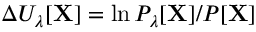
\Delta U _ { \lambda } [ \mathbf { X } ] = \ln P _ { \lambda } [ \mathbf { X } ] / P [ \mathbf { X } ]